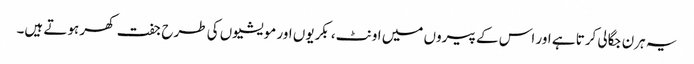
یہ ہرن جگالی کرتا ہے اور اس کے پیروں میں اونٹ، بکریوں اور مویشیوں کی طرح جفت کھر ہوتے ہیں۔